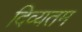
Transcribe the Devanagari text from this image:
दिव्यतम